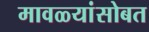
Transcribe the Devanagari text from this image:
मावळ्यांसोबत